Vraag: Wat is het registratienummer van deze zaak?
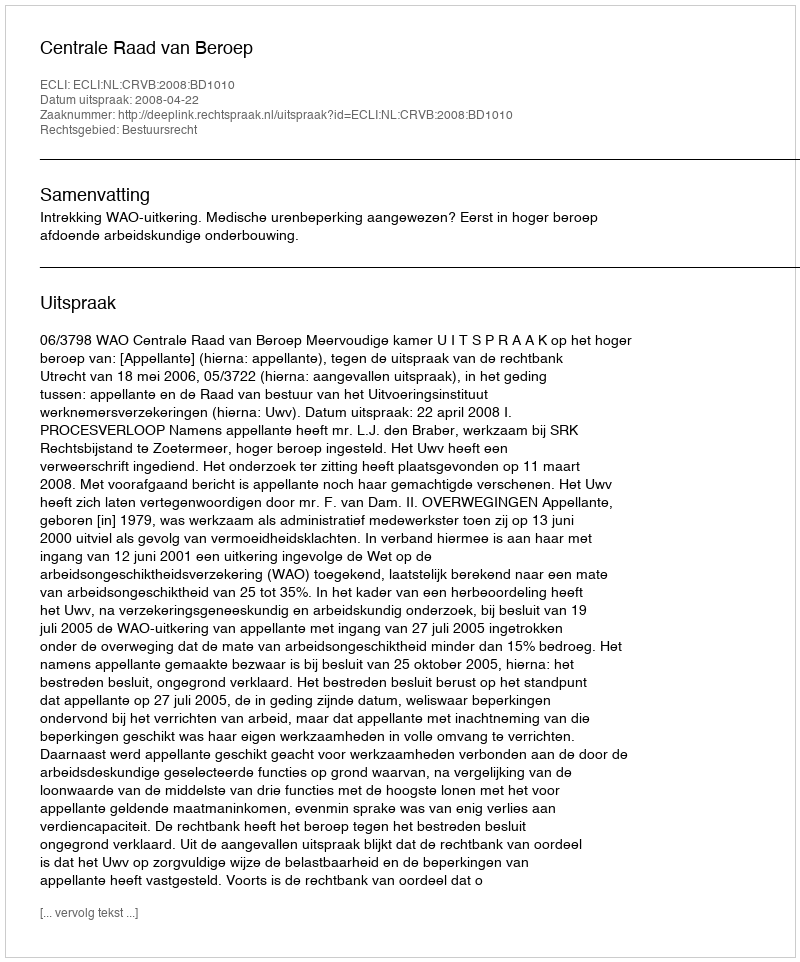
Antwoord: http://deeplink.rechtspraak.nl/uitspraak?id=ECLI:NL:CRVB:2008:BD1010